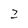
Character: z